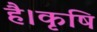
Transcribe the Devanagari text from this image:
है।कृषि